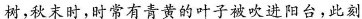
树，秋末时，时常有青黄的叶子被吹进阳台，此刻